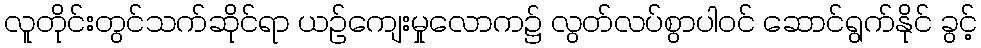
လူတိုင်းတွင်သက်ဆိုင်ရာ ယဉ်ကျေးမှုလောက၌ လွတ်လပ်စွာပါဝင် ဆောင်ရွက်နိုင် ခွင့်